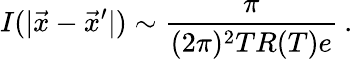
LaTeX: I(|\vec{x}-\vec{x}^{\prime}|)\sim\frac{\pi}{(2\pi)^{2}TR(T)e}\: .